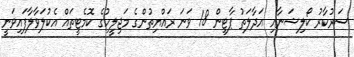
ސަރުކާރު ކޯލިޝަނާއި އަދާލަތު ޕާޓީން 18 ވަނަ ރައްޔިތުންގެ މަޖިލީހުގެ ކޮމެޓީތައް އެކުލަވާލާފައިވަނީ